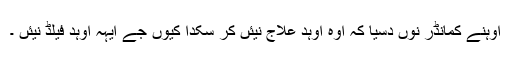
اوہنے کمانڈر نوں دسیا کہ اوہ اوہد علاج نیئں کر سکدا کیوں جے ایہہ اوہد فیلڈ نیئں ۔